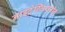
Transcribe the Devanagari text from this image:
नाइट्रेग्लिसरीन